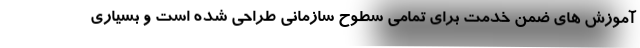
آموزش های ضمن خدمت برای تمامی سطوح سازمانی طراحی شده است و بسیاری